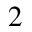
^ 2